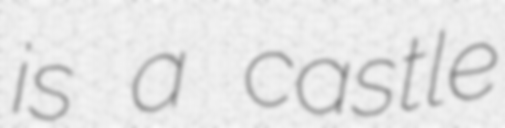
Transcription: is a castle